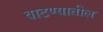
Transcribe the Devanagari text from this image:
वाटण्यातील